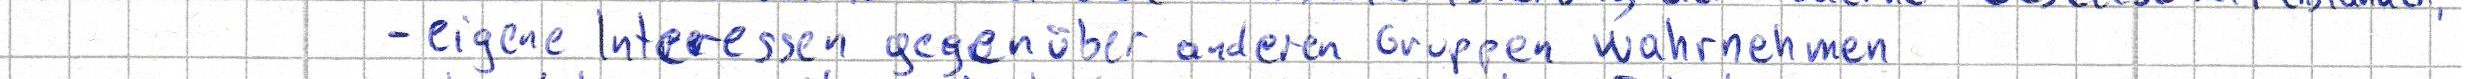
- eigene Interessen gegenüber anderen Gruppen wahrnehmen